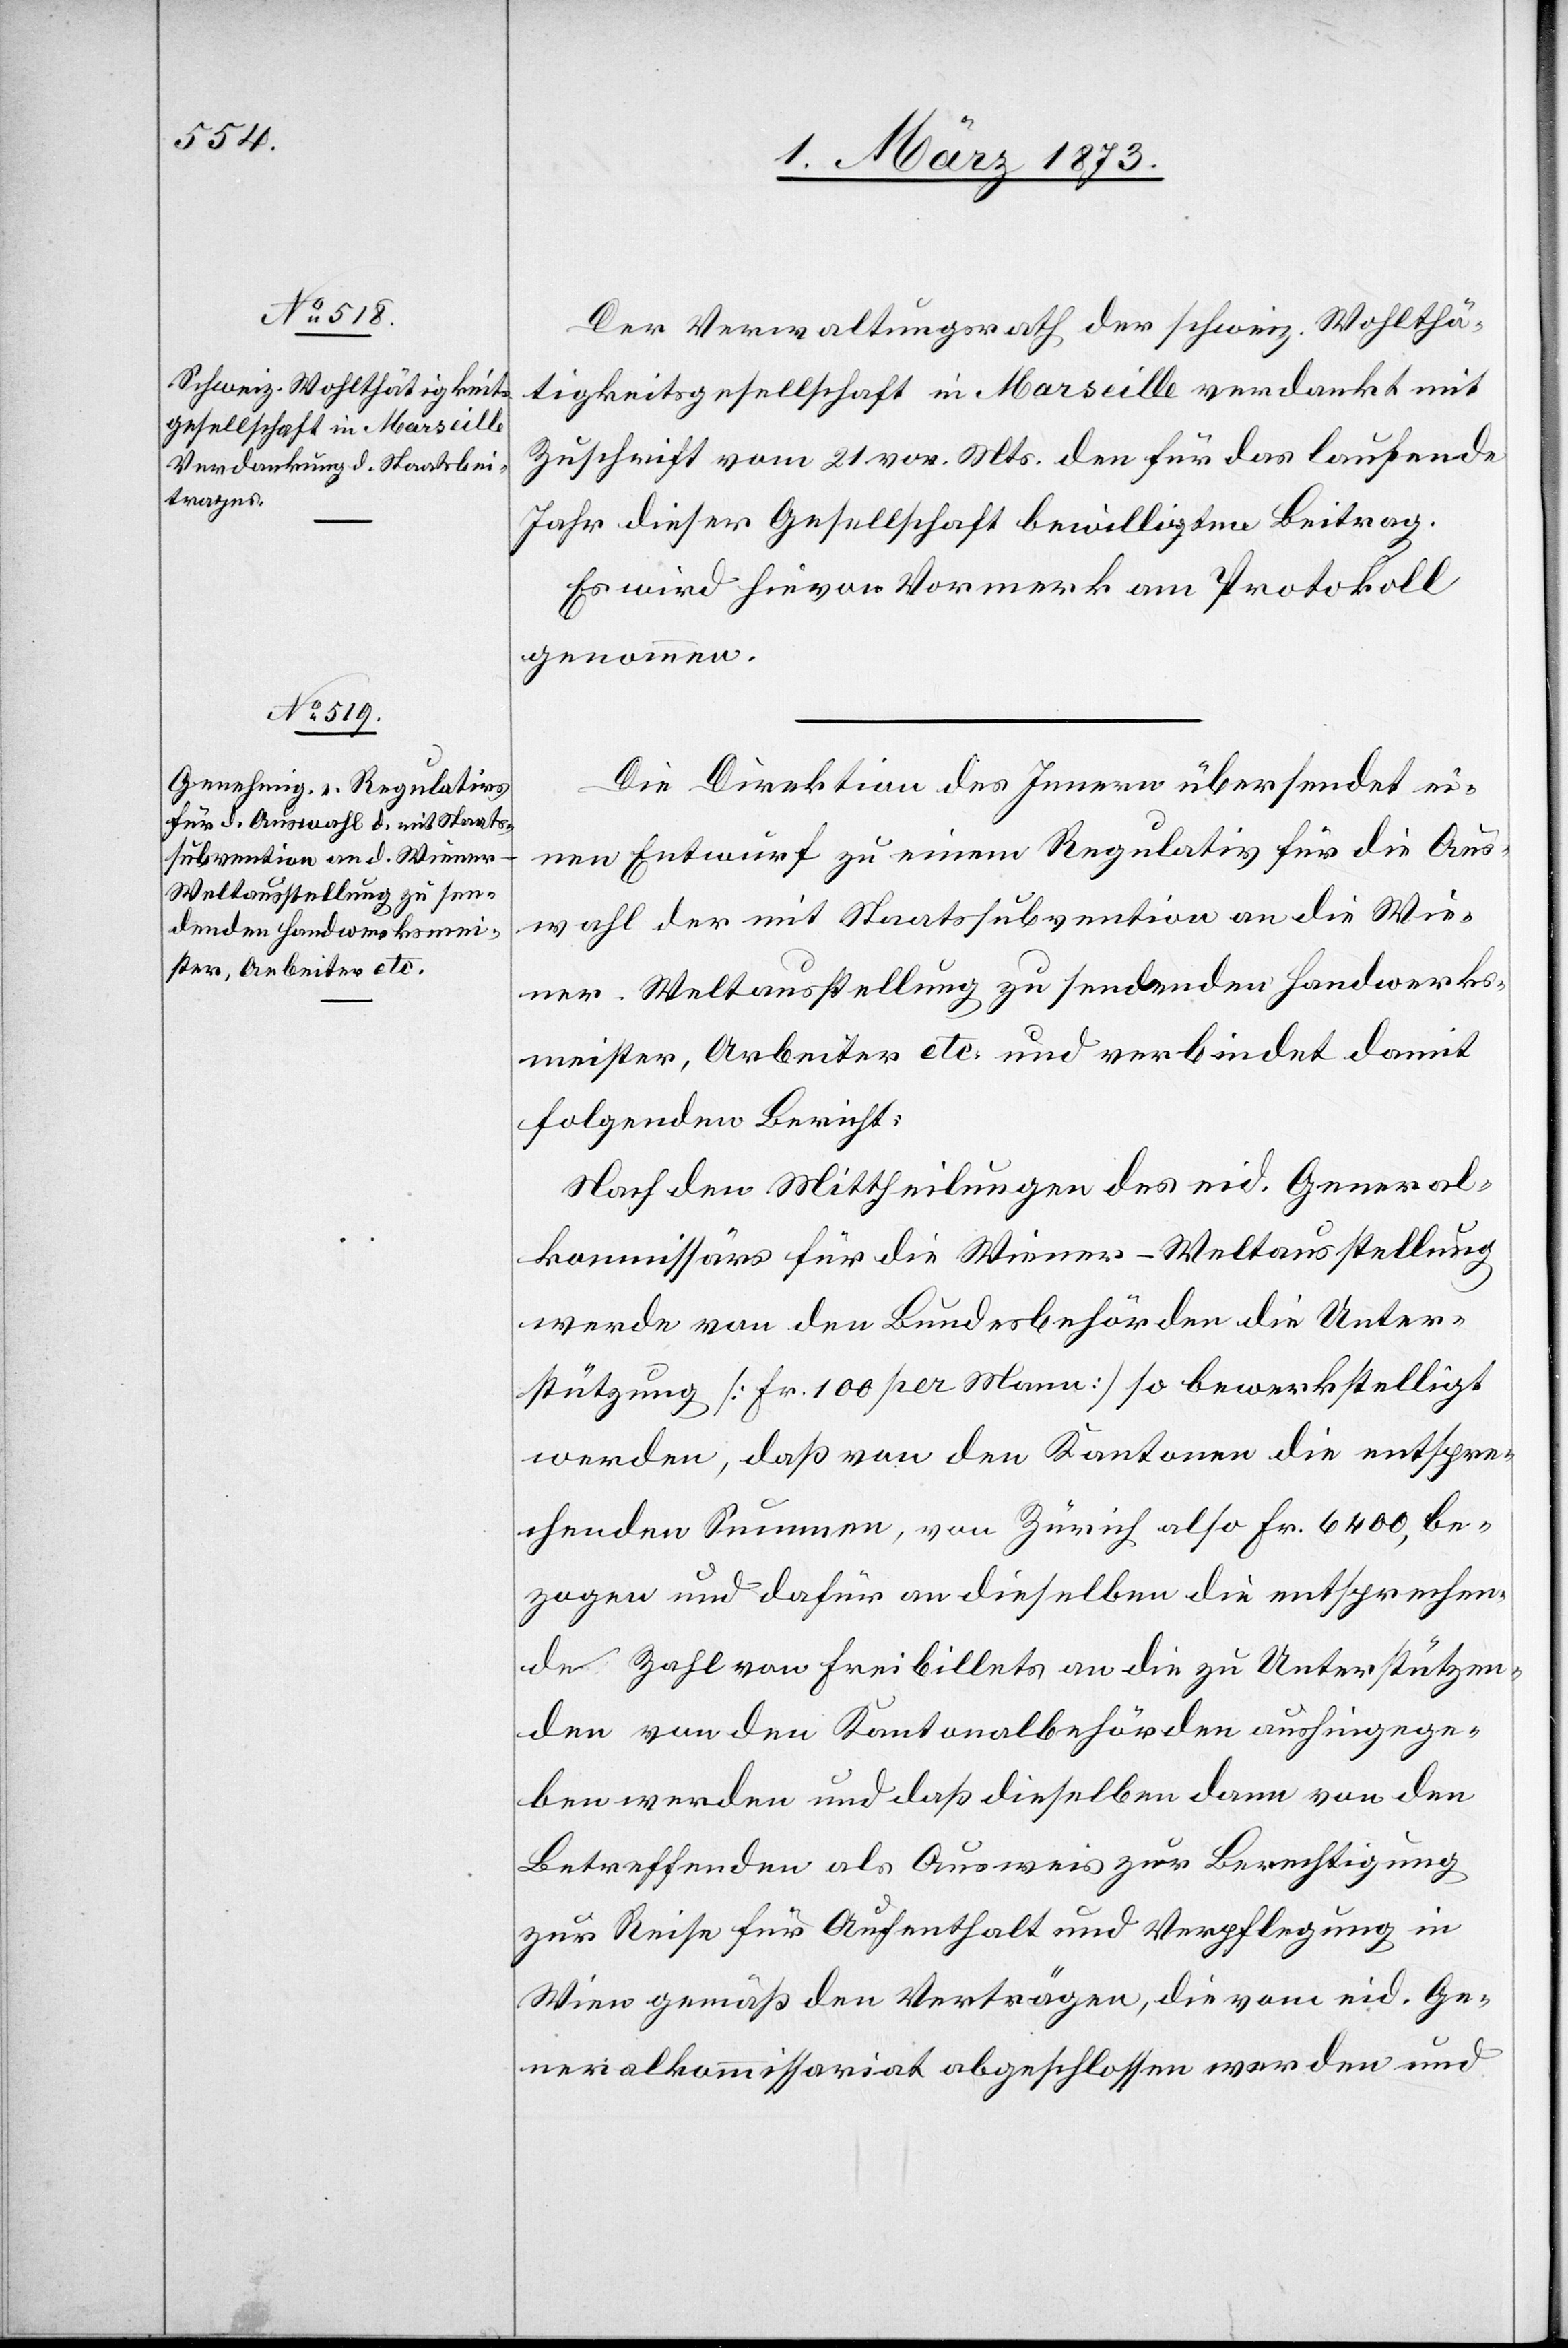
Der Verwaltungsrath der schweiz. Wohlthä¬
tigkeitsgesellschaft in Marseille verdankt mit
Zuschrift vom 21. vor. Mts. den für das laufende
Jahr dieser Gesellschaft bewilligten Beitrag.
Es wird hievon Vormerk am Protokoll
genommen.
Die Direktion des Innern übersendet ei¬
nen Entwurf zu einem Regulativ für die Aus¬
wahl der mit Staatssubvention an die Wie¬
ner-Weltausstellung zu sendenden Handwerks¬
meister, Arbeiter etc. und verbindet damit
folgenden Bericht:
Nach den Mittheilungen des eid. General¬
kommissärs für die Wiener-Weltausstellung
werden von den Bundesbehörden die Unter¬
stützung [Fr. 100 pro Mann] so bewerkstelligt
werden, daß von den Kantonen die entspre¬
chenden Summen, von Zürich also Fr. 6400, be¬
zogen und dafür an dieselben die entsprechen¬
de Zahl von Freibillets an die zu Unterstützen¬
den von den Kantonalbehörden aushingege¬
ben werden und daß dieselben dann von den
Betreffenden als Ausweis zur Berechtigung
zur Reise für Aufenthalt und Verpflegung in
Wien gemäß den Verträgen, die vom eid. Ge¬
neralkommissariat abgeschlossen worden und